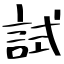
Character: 試